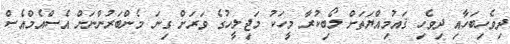
ދިވެހިބަހާއި ދިވެހި ޤައުމިއްޔަތަށް ލޯބިކުރާ މީހަކު މަޖިލީހުގެ ވަރަށް ގިނަ މެންބަރުންނަށް އެސްއެމްއެސް